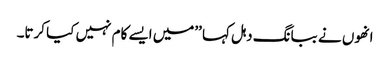
انھوں نے ببانگ دہل کہا ’’میں ایسے کام نہیں کیا کرتا۔